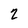
Character: 2